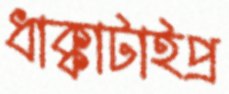
ধাক্কাটাইপ্র